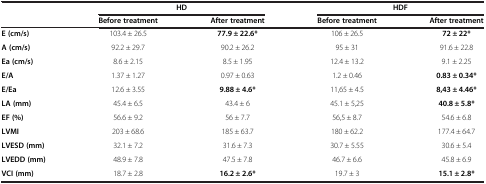
<table><thead><tr><td><b> </b></td><td colspan="2"><b>HD</b></td><td colspan="2"><b>HDF</b></td></tr><tr><td><b> </b></td><td><b>Before treatment</b></td><td><b>After treatment</b></td><td><b>Before treatment</b></td><td><b>After treatment</b></td></tr></thead><tbody><tr><td><b>E (cm/s)</b></td><td>103.4 ± 26.5</td><td><b>77.9 ± 22.6*</b></td><td>106 ± 26.5</td><td><b>72 ± 22*</b></td></tr><tr><td><b>A (cm/s)</b></td><td>92.2 ± 29.7</td><td>90.2 ± 26.2</td><td>95 ± 31</td><td>91.6 ± 22.8</td></tr><tr><td><b>Ea (cm/s)</b></td><td>8.6 ± 2.15</td><td>8.5 ± 1.95</td><td>12.4 ± 13.2</td><td>9.1 ± 2.25</td></tr><tr><td><b>E/A</b></td><td>1.37 ± 1.27</td><td>0.97 ± 0.63</td><td>1.2 ± 0.46</td><td><b>0.83 ± 0.34*</b></td></tr><tr><td><b>E/Ea</b></td><td>12.6 ± 3.55</td><td><b>9.88 ± 4.6*</b></td><td>11,65 ± 4.5</td><td><b>8,43 ± 4.46*</b></td></tr><tr><td><b>LA (mm)</b></td><td>45.4 ± 6.5</td><td>43.4 ± 6</td><td>45.1 ± 5,25</td><td><b>40.8 ± 5.8*</b></td></tr><tr><td><b>EF (%)</b></td><td>56.6 ± 9.2</td><td>56 ± 7.7</td><td>56,5 ± 8.7</td><td>54.6 ± 6.8</td></tr><tr><td><b>LVMI</b></td><td>203 ± 68.6</td><td>185 ± 63.7</td><td>180 ± 62.2</td><td>177.4 ± 64.7</td></tr><tr><td><b>LVESD (mm)</b></td><td>32.1 ± 7.2</td><td>31.6 ± 7.3</td><td>30.7 ± 5.55</td><td>30.6 ± 5.4</td></tr><tr><td><b>LVEDD (mm)</b></td><td>48.9 ± 7.8</td><td>47.5 ± 7.8</td><td>46.7 ± 6.6</td><td>45.8 ± 6.9</td></tr><tr><td><b>VCI (mm)</b></td><td>18.7 ± 2.8</td><td><b>16.2 ± 2.6*</b></td><td>19.7 ± 3</td><td><b>15.1 ± 2.8*</b></td></tr></tbody></table>